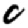
Digit: 0